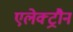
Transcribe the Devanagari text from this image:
एलेक्ट्रौन